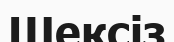
Шексіз